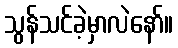
သွန်သင်ခဲ့မှာလဲနော်။